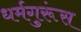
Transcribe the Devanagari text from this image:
धर्मगुरूंस